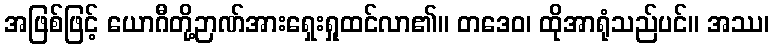
အဖြစ်ဖြင့် ယောဂီတို့ဉာဏ်အားရှေးရှုထင်လာ၏။ တဒေဝ၊ ထိုအာရုံသည်ပင်။ အဿ၊